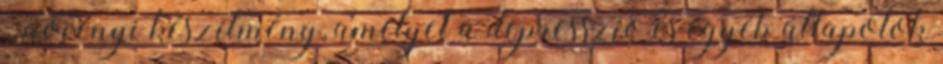
- növényi készítmény, amelyet a depresszió és egyéb állapotok